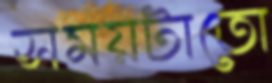
সময়টাতো